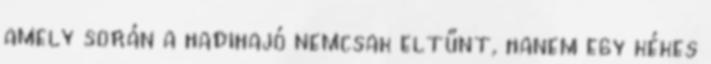
amely során a hadihajó nemcsak eltűnt, hanem egy kékes